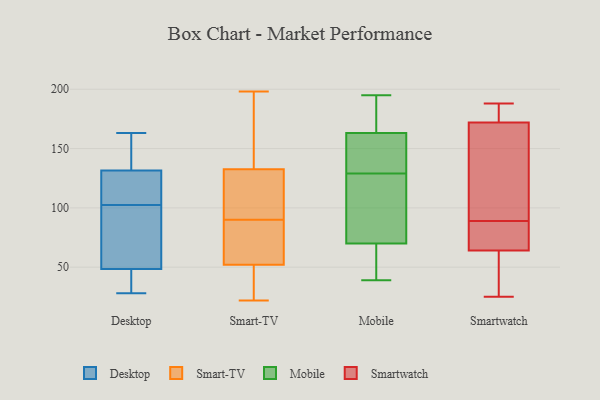
{"axis": {"x": "Backlog", "y": "Value"}, "legend": ["Desktop", "Mobile", "Smart-TV", "Smartwatch"], "data": [{"x": "", "y": 163, "type": "Desktop"}, {"x": "", "y": 163, "type": "Desktop"}, {"x": "", "y": 50, "type": "Desktop"}, {"x": "", "y": 114, "type": "Desktop"}, {"x": "", "y": 47, "type": "Desktop"}, {"x": "", "y": 123, "type": "Desktop"}, {"x": "", "y": 37, "type": "Desktop"}, {"x": "", "y": 140, "type": "Desktop"}, {"x": "", "y": 103, "type": "Desktop"}, {"x": "", "y": 50, "type": "Desktop"}, {"x": "", "y": 28, "type": "Desktop"}, {"x": "", "y": 102, "type": "Desktop"}, {"x": "", "y": 176, "type": "Smart-TV"}, {"x": "", "y": 122, "type": "Smart-TV"}, {"x": "", "y": 29, "type": "Smart-TV"}, {"x": "", "y": 45, "type": "Smart-TV"}, {"x": "", "y": 59, "type": "Smart-TV"}, {"x": "", "y": 131, "type": "Smart-TV"}, {"x": "", "y": 82, "type": "Smart-TV"}, {"x": "", "y": 110, "type": "Smart-TV"}, {"x": "", "y": 134, "type": "Smart-TV"}, {"x": "", "y": 72, "type": "Smart-TV"}, {"x": "", "y": 28, "type": "Smart-TV"}, {"x": "", "y": 85, "type": "Smart-TV"}, {"x": "", "y": 95, "type": "Smart-TV"}, {"x": "", "y": 141, "type": "Smart-TV"}, {"x": "", "y": 97, "type": "Smart-TV"}, {"x": "", "y": 22, "type": "Smart-TV"}, {"x": "", "y": 177, "type": "Smart-TV"}, {"x": "", "y": 34, "type": "Smart-TV"}, {"x": "", "y": 77, "type": "Smart-TV"}, {"x": "", "y": 198, "type": "Smart-TV"}, {"x": "", "y": 177, "type": "Mobile"}, {"x": "", "y": 56, "type": "Mobile"}, {"x": "", "y": 163, "type": "Mobile"}, {"x": "", "y": 168, "type": "Mobile"}, {"x": "", "y": 94, "type": "Mobile"}, {"x": "", "y": 39, "type": "Mobile"}, {"x": "", "y": 70, "type": "Mobile"}, {"x": "", "y": 139, "type": "Mobile"}, {"x": "", "y": 113, "type": "Mobile"}, {"x": "", "y": 55, "type": "Mobile"}, {"x": "", "y": 126, "type": "Mobile"}, {"x": "", "y": 139, "type": "Mobile"}, {"x": "", "y": 195, "type": "Mobile"}, {"x": "", "y": 132, "type": "Mobile"}, {"x": "", "y": 186, "type": "Smartwatch"}, {"x": "", "y": 25, "type": "Smartwatch"}, {"x": "", "y": 188, "type": "Smartwatch"}, {"x": "", "y": 67, "type": "Smartwatch"}, {"x": "", "y": 146, "type": "Smartwatch"}, {"x": "", "y": 105, "type": "Smartwatch"}, {"x": "", "y": 64, "type": "Smartwatch"}, {"x": "", "y": 47, "type": "Smartwatch"}, {"x": "", "y": 73, "type": "Smartwatch"}, {"x": "", "y": 172, "type": "Smartwatch"}]}